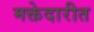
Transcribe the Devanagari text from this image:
मक्तेदारीत